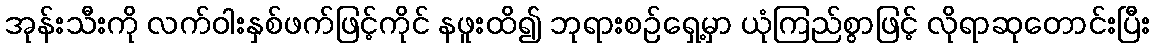
အုန်းသီးကို လက်ဝါးနှစ်ဖက်ဖြင့်ကိုင် နဖူးထိ၍ ဘုရားစဉ်ရှေ့မှာ ယုံကြည်စွာဖြင့် လိုရာဆုတောင်းပြီး